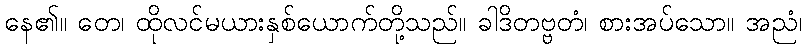
နေ၏။ တေ၊ ထိုလင်မယားနှစ်ယောက်တို့သည်။ ခါဒိတဗ္ဗတံ၊ စားအပ်သော။ အညံ၊